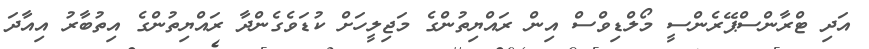
އަދި ޓްރާންސްޕޭރެންސީ މޯލްޑިވްސް އިން ރައްޔިތުންގެ މަޖިލީހަށް ކުޑަވެގެންދާ ރައްޔިތުންގެ އިތުބާރު އިއާދަ